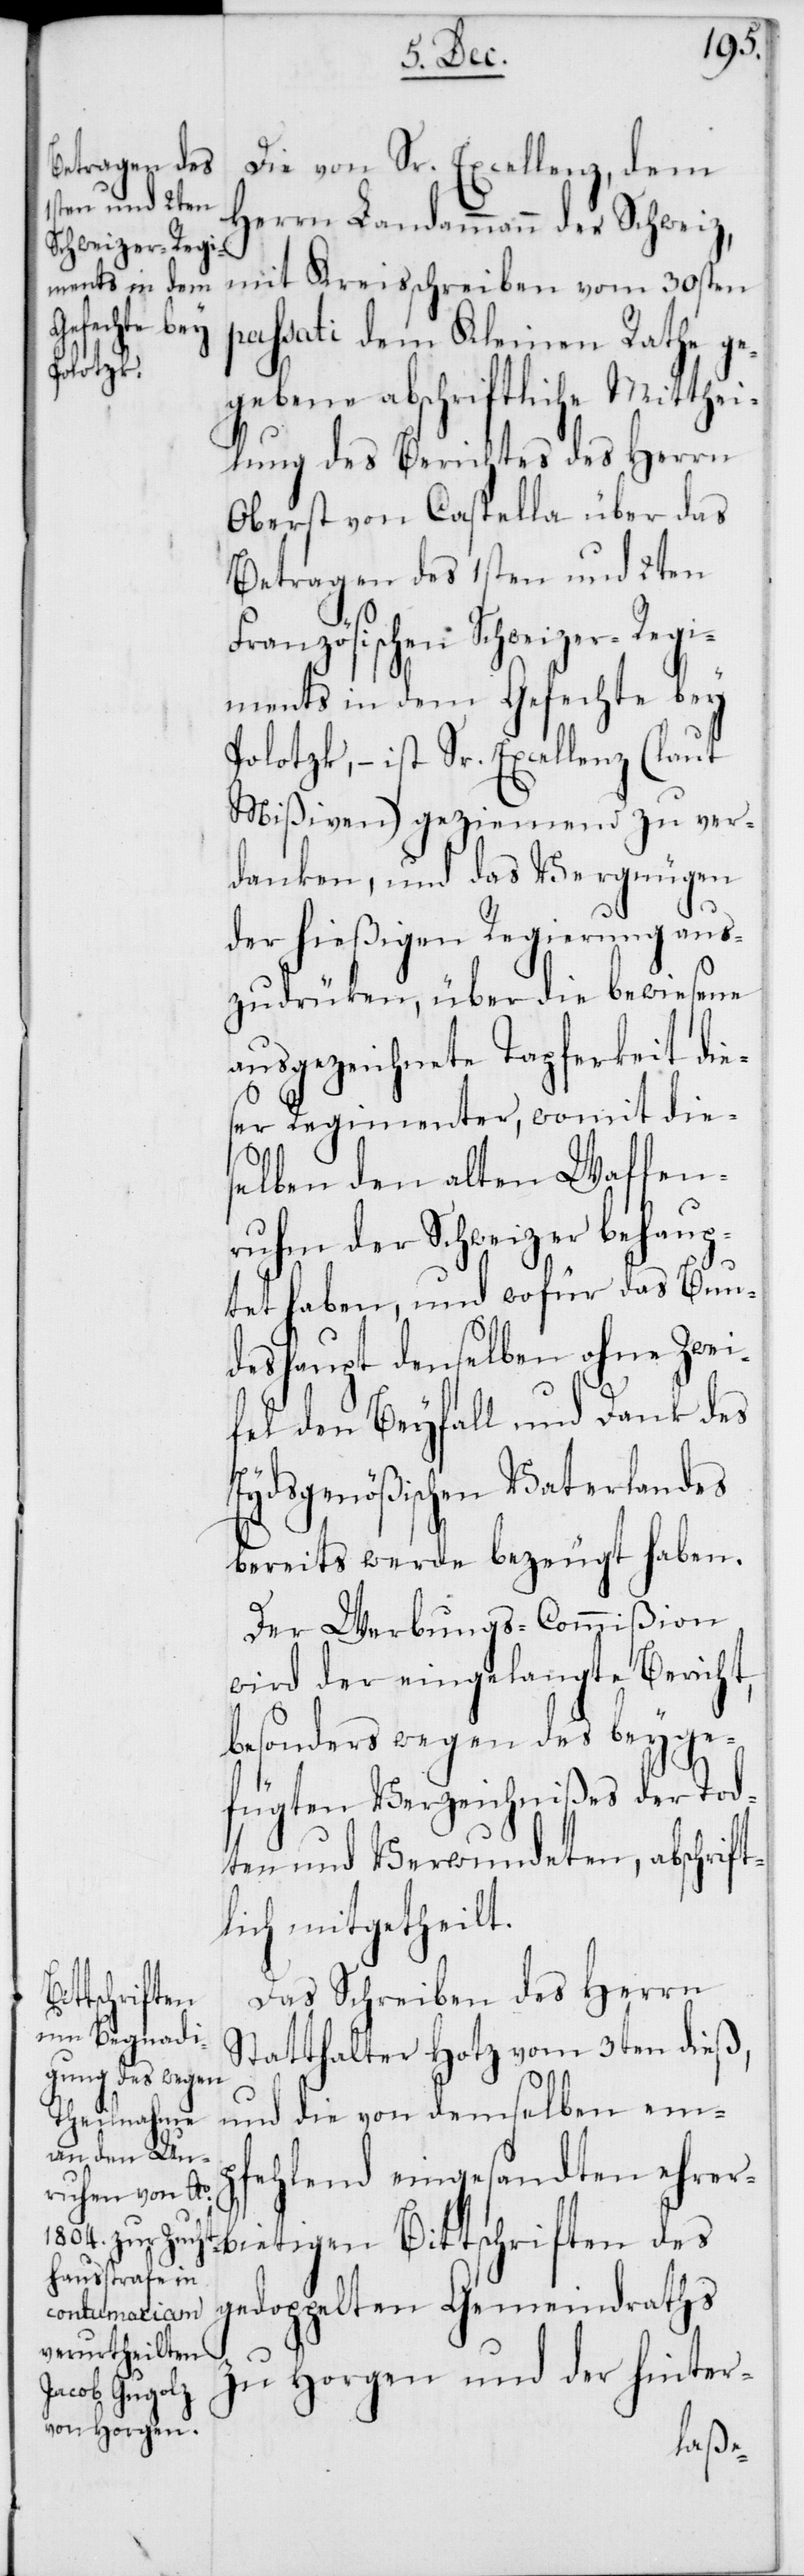
Die von Sr. Excellenz, dem
Herrn Landammann der Schweiz,
mit Kreisschreiben vom 30sten
passati dem Kleinen Rathe, ge¬
gebene abschriftliche Mitthei¬
lung des Berichtes des Herrn
Oberst von Castella über das
Betragen des 1sten und 2ten
Französischen Schweizer-Regi¬
ments in dem Gefechte bey
Polotzk, – ist Sr. Excellenz (laut
Mißiven) geziemend zu ver¬
danken, und das Vergnügen
der hießigen Regierung aus¬
zudrüken, über die bewiesene
ausgezeichnete Tapferkeit dies¬
er Regimenter, womit die¬
selben den alten Waffen¬
ruhm der Schweizer behaup¬
tet haben, und wofür das Bun¬
deshaupt denselben ohne Zwei¬
fel den Beyfall und Dank des
Eydsgenößischen Vaterlandes
bereits werde bezeugt haben.
Der Werbungs-Commißion
wird der eingelangte Bericht,
besonders wegen des beyge¬
fügten Verzeichnißes der Tod¬
ten und Verwundeten, abschrift¬
lich mitgetheilt.
Das Schreiben des Herrn
Statthalter Hotz vom 3ten dieß,
und die von demselben emp¬
fehlend eingesandten ehrer¬
bietigen Bittschriften des
gedoppelten Gemeindraths
zu Horgen und der hinter-